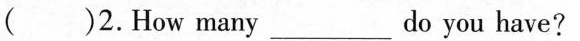
( )2.How many___do you have?